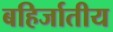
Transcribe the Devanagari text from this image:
बहिर्जातीय